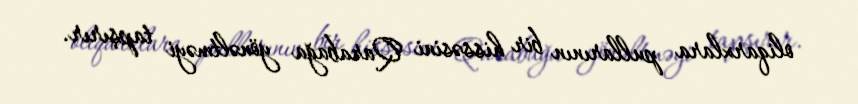
oliqarxlara pullarının bir hissəsini Qarabağa yönəltməyi tapşırır.